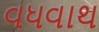
વધવાથ